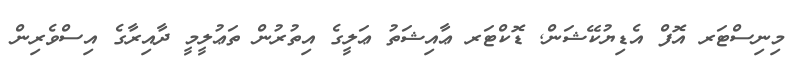
މިނިސްޓަރ އޮފް އެޑިޔުކޭޝަން